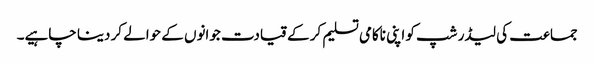
جماعت کی لیڈر شپ کو اپنی ناکامی تسلیم کر کے قیادت جوانوں کے حوالے کر دینا چاہیے۔